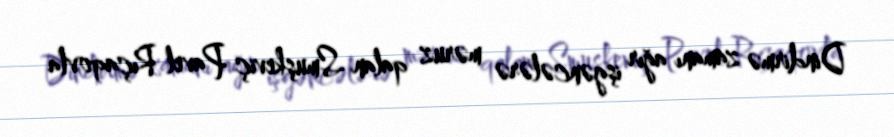
Dindirmə zamanı ağır işgəncələrə məruz qalan Smuşkeviç Pavel Rıçaqovla